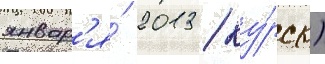
январ'я́ 2013 / ку́рск)